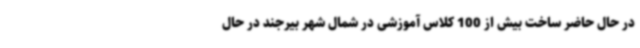
در حال حاضر ساخت بیش از 100 کلاس آموزشی در شمال شهر بیرجند در حال